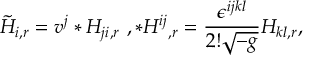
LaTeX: { \tilde { H } } _ { i , r } = v ^ { j } * H _ { j i , r } \ , { * H ^ { i j } } _ { , r } = \frac { \epsilon ^ { i j k l } } { 2 ! \sqrt { - g } } H _ { k l , r } ,